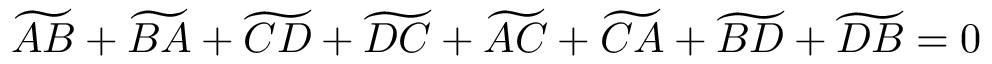
\widetilde { A B } + \widetilde { B A } + \widetilde { C D } + \widetilde { D C } + \widetilde { A C } + \widetilde { C A } + \widetilde { B D } + \widetilde { D B } = 0